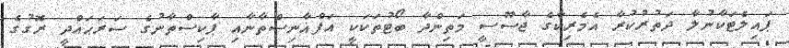
ޕައިލެޓަކާނުލާ ދަތުރުކުރާ އެމެރިކާގެ ޖާސޫސީ މަތިންދާ ބޯޓުތަކަކީ އަފްޣާނިސްތާނާއި ޕާކިސްތާނުގެ ސަރަޙައްދީ ރޮގުގެ